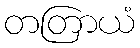
တတြာယံ